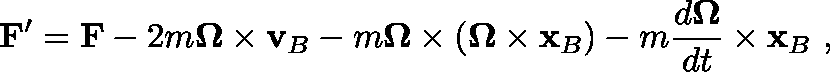
\mathbf { F } ^ { \prime } = \mathbf { F } - 2 m \mathbf { \Omega } \times \mathbf { v } _ { B } - m \mathbf { \Omega } \times ( \mathbf { \Omega } \times \mathbf { x } _ { B } ) - m { \frac { d \mathbf { \Omega } } { d t } } \times \mathbf { x } _ { B } \ ,